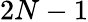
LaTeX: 2N-1